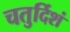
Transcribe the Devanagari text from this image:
चतुर्दिशं